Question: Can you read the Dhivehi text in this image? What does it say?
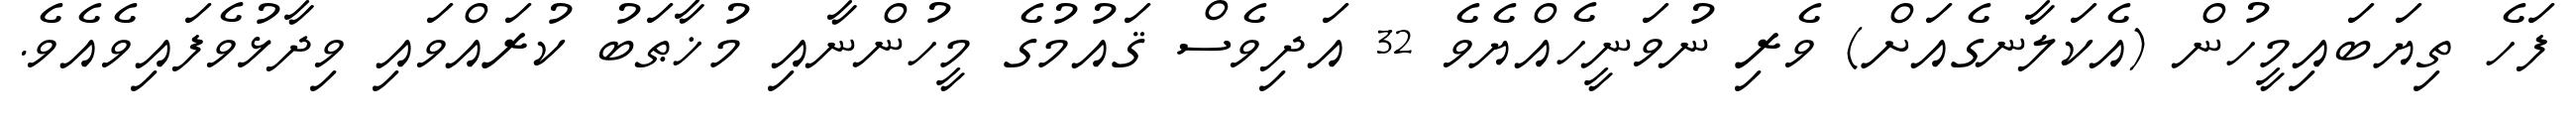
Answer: ފަހެ ތިޔަބައިމީހުން (އެކަލާނގެއަށް) ވެރި ނުވަނީހެއްޔެވެ 32 އަދިވެސް ޤައުމުގެ މީހުންނާއި މުޚާޠަބު ކުރައްވައި ވިދާޅުވެފައިވެއެވެ.